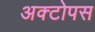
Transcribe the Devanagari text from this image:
अक्टोपस